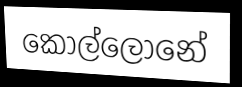
කොල්ලොනේ